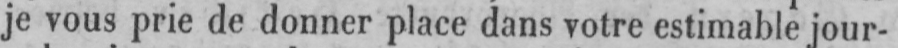
je vous prie de donner place dans votre estimable jour-